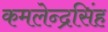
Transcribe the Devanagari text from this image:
कमलेन्द्रसिंह